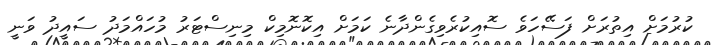
ކުރުމަށް އިތުރަށް ފަސޭހަވެ ސޮއިކުރެވިގެންދާނެ ކަމަށް އިކޮނޮމިކް މިނިސްޓަރު މުހައްމަދު ސައީދު ވަނީ